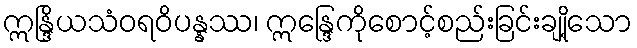
ဣန္ဒြိယသံဝရဝိပန္နဿ၊ ဣန္ဒြေကိုစောင့်စည်းခြင်းချို့သော